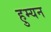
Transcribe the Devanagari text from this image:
हुम्यन